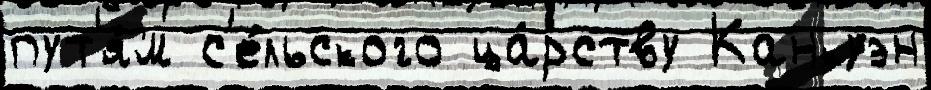
пут'я́м с'е́льского ца́рству Канкуэн